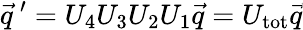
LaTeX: \vec{q}^{\, \prime}=U_{4}U_{3}U_{2}U_{1}\vec{q}=U_{\mathrm{tot}}\vec{q}